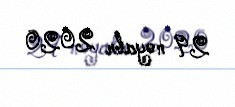
29 noyabr 2020